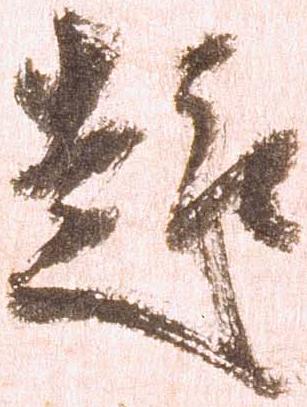
趣